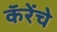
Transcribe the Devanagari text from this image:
कॅरेंचे